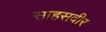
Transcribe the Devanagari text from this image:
साहसवीर